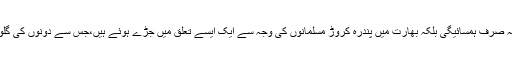
پاکستان اور بھارت نہ صرف ہمسائیگی بلکہ بھارت میں پندرہ کروڑ مسلمانوں کی وجہ سے ایک ایسے تعلق میں جڑے ہوئے ہیں،جس سے دونوں کی گلوخلاصی ناممکن ہے۔